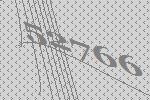
52766